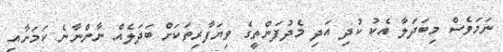
ނަމަވެސް މިބަދަލާ އެކު ކުދި އަދި މެދުފަންތީގެ ވިޔަފާރިތަކަށް ބަދަލެއް ނާންނާނެ ކަމަށާއި